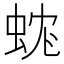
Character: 𧊼